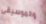
والموسيقى